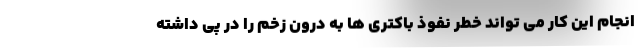
انجام این کار می تواند خطر نفوذ باکتری ها به درون زخم را در پی داشته